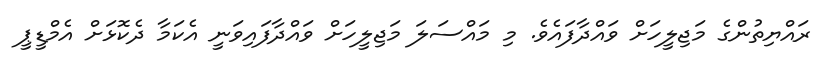
ރައްޔިތުންގެ މަޖިލީހަށް ވައްދާފައެވެ. މި މައްސަލަ މަޖިލީހަށް ވައްދާފައިވަނީ އެކަމާ ދެކޮޅަށް އެމްޑީޕީ